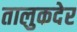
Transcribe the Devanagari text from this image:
तालुकदेर